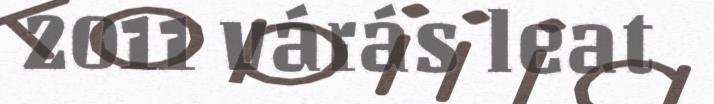
2011 várás leat